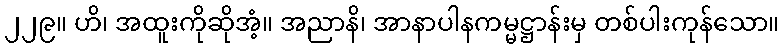
၂၂၉။ ဟိ၊ အထူးကိုဆိုအံ့။ အညာနိ၊ အာနာပါနကမ္မဋ္ဌာန်းမှ တစ်ပါးကုန်သော။